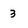
Character: 3